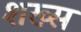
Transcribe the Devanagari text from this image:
शख्‍स